Civil Veterinary Dept. North-West Frontier Province 1901-22 - 1901-1922
Year: 1901
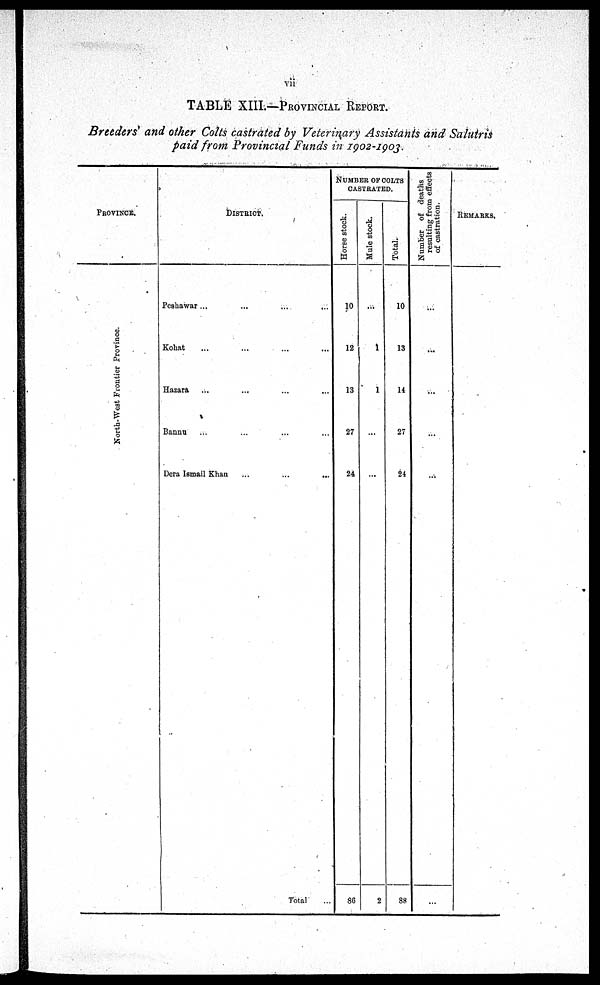
vii
TABLE XIII.—PROVINCIAL REPORT.
Breeders' and other Colts castrated by Veterinary Assistants and Salutris
paid from Provincial Funds in 1902-1903.
PROVINCE.
North-West Frontier Pr ovi nce.
DISTRICT.
Peshawar ... ... ... ...
Kohat ... ... ... ...
Hazara ... ... ... ...
Bannu ... ... ... ...
Dera Ismail Khan
...
...
..
Total ...
NUMBER OF COLTS
CASTRATED.
Hor s e stock.
10
12
13
27
24
36
Mule stock.
...
1
1
...
...
2
Total.
10
13
14
27
24
88
Number of deaths
resulting from effects
of castration.
...
...
...
...
...
...
REMARKS.